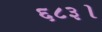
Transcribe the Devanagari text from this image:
६८३।